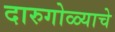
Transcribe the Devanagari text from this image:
दारुगोळ्याचे